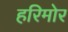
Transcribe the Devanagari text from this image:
हरिमोर